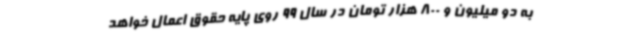
به دو میلیون و 800 هزار تومان در سال 99 روی پایه حقوق اعمال خواهد